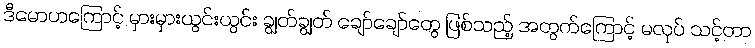
ဒီမောဟကြောင့် မှားမှားယွင်းယွင်း ချွတ်ချွတ် ချော်ချော်တွေ ဖြစ်သည့် အတွက်ကြောင့် မလုပ် သင့်တာ